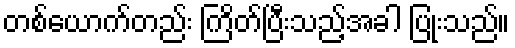
တစ်ယောက်တည်း ကြိတ်ပြီးသည့်အခါ ပြုံးသည်။